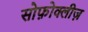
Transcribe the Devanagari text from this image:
सोफ़ोक्लीज़